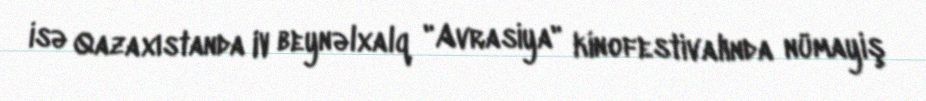
isə Qazaxıstanda IV beynəlxalq "Avrasiya" kinofestivalında nümayiş